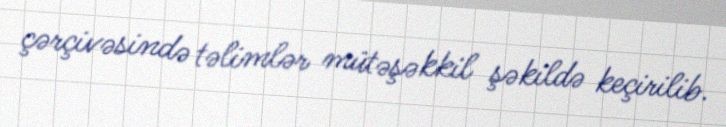
çərçivəsində təlimlər mütəşəkkil şəkildə keçirilib.